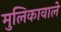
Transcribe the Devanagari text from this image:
मुलिकावाले